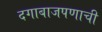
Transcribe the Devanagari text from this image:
दगाबाजपणाची